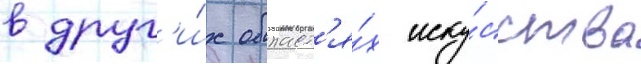
в друг'и́х област'я́х иску́сства